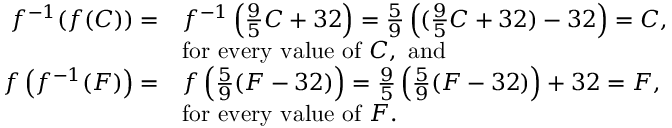
{ \begin{array} { r l } { f ^ { - 1 } ( f ( C ) ) = } & { f ^ { - 1 } \left( { \frac { 9 } { 5 } } C + 3 2 \right) = { \frac { 5 } { 9 } } \left( ( { \frac { 9 } { 5 } } C + 3 2 ) - 3 2 \right) = C , } \\ & { { \mathrm { f o r ~ e v e r y ~ v a l u e ~ o f ~ } } C , { \mathrm { ~ a n d ~ } } } \\ { f \left( f ^ { - 1 } ( F ) \right) = } & { f \left( { \frac { 5 } { 9 } } ( F - 3 2 ) \right) = { \frac { 9 } { 5 } } \left( { \frac { 5 } { 9 } } ( F - 3 2 ) \right) + 3 2 = F , } \\ & { { \mathrm { f o r ~ e v e r y ~ v a l u e ~ o f ~ } } F . } \end{array} }